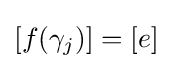
[f(\gamma _{j})]=[e]